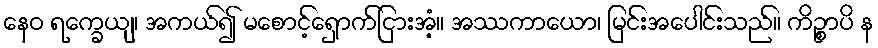
နေဝ ရက္ခေယျ၊ အကယ်၍ မစောင့်ရှောက်ငြားအံ့။ အဿကာယော၊ မြင်းအပေါင်းသည်။ ကိဉ္စာပိ န